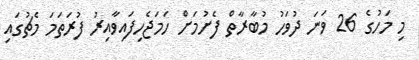
މި މަހުގެ 26 ވަނަ ދުވަހު މުބާރާތް ފެށުމަށް ހަމަޖެހިފައިވާއިރު ފުރަތަމަ މެޗުގައި